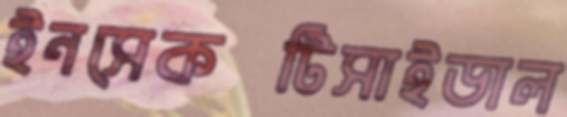
ইনসেকটিসাইডাল